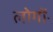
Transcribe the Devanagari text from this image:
लोगोंॱ